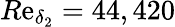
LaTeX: R\mathrm{e}_{\delta_{2}}=44,420